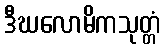
ဒီဃလောမိကသုတ္တံ